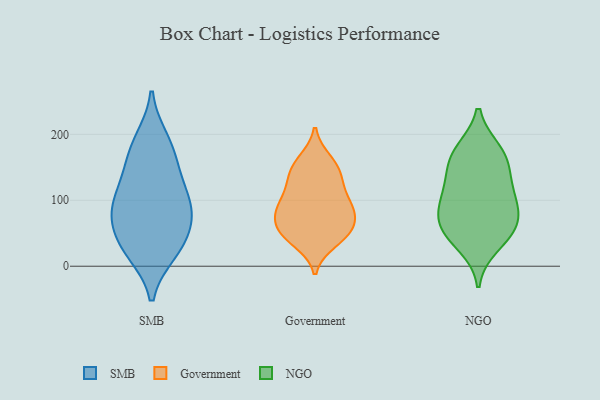
{"axis": {"x": "Gross Profit (USD K)", "y": "Value"}, "legend": ["Government", "NGO", "SMB"], "data": [{"x": "", "y": 85, "type": "SMB"}, {"x": "", "y": 153, "type": "SMB"}, {"x": "", "y": 128, "type": "SMB"}, {"x": "", "y": 106, "type": "SMB"}, {"x": "", "y": 22, "type": "SMB"}, {"x": "", "y": 31, "type": "SMB"}, {"x": "", "y": 178, "type": "SMB"}, {"x": "", "y": 89, "type": "SMB"}, {"x": "", "y": 28, "type": "SMB"}, {"x": "", "y": 79, "type": "SMB"}, {"x": "", "y": 191, "type": "SMB"}, {"x": "", "y": 61, "type": "SMB"}, {"x": "", "y": 93, "type": "Government"}, {"x": "", "y": 45, "type": "Government"}, {"x": "", "y": 129, "type": "Government"}, {"x": "", "y": 56, "type": "Government"}, {"x": "", "y": 94, "type": "Government"}, {"x": "", "y": 135, "type": "Government"}, {"x": "", "y": 82, "type": "Government"}, {"x": "", "y": 143, "type": "Government"}, {"x": "", "y": 161, "type": "Government"}, {"x": "", "y": 61, "type": "Government"}, {"x": "", "y": 87, "type": "Government"}, {"x": "", "y": 112, "type": "Government"}, {"x": "", "y": 83, "type": "Government"}, {"x": "", "y": 37, "type": "Government"}, {"x": "", "y": 157, "type": "Government"}, {"x": "", "y": 59, "type": "Government"}, {"x": "", "y": 45, "type": "Government"}, {"x": "", "y": 32, "type": "NGO"}, {"x": "", "y": 57, "type": "NGO"}, {"x": "", "y": 114, "type": "NGO"}, {"x": "", "y": 98, "type": "NGO"}, {"x": "", "y": 78, "type": "NGO"}, {"x": "", "y": 60, "type": "NGO"}, {"x": "", "y": 173, "type": "NGO"}, {"x": "", "y": 55, "type": "NGO"}, {"x": "", "y": 157, "type": "NGO"}, {"x": "", "y": 102, "type": "NGO"}, {"x": "", "y": 142, "type": "NGO"}, {"x": "", "y": 175, "type": "NGO"}]}